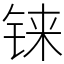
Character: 铼